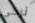
تركي